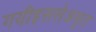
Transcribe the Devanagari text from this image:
गयीइससेअमृत